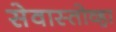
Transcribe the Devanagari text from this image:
सेवास्तोव्हा